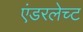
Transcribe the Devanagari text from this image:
एंडरलेच्ट